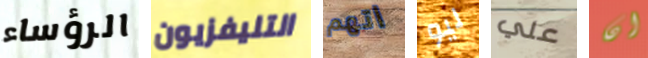
الرؤساء التليفزيون اتهم ليو علي ان